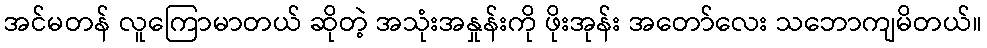
အင်မတန် လူကြောမာတယ် ဆိုတဲ့ အသုံးအနှုန်းကို ဖိုးအုန်း အတော်လေး သဘောကျမိတယ်။